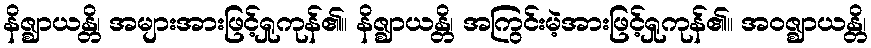
နိဇ္ဈာယန္တိ၊ အများအားဖြင့်ရှုကုန်၏။ နိဇ္ဈာယန္တိ၊ အကြွင်းမဲ့အားဖြင့်ရှုကုန်၏။ အဝဇ္ဈာယန္တိ၊